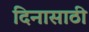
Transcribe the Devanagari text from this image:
दिनासाठी